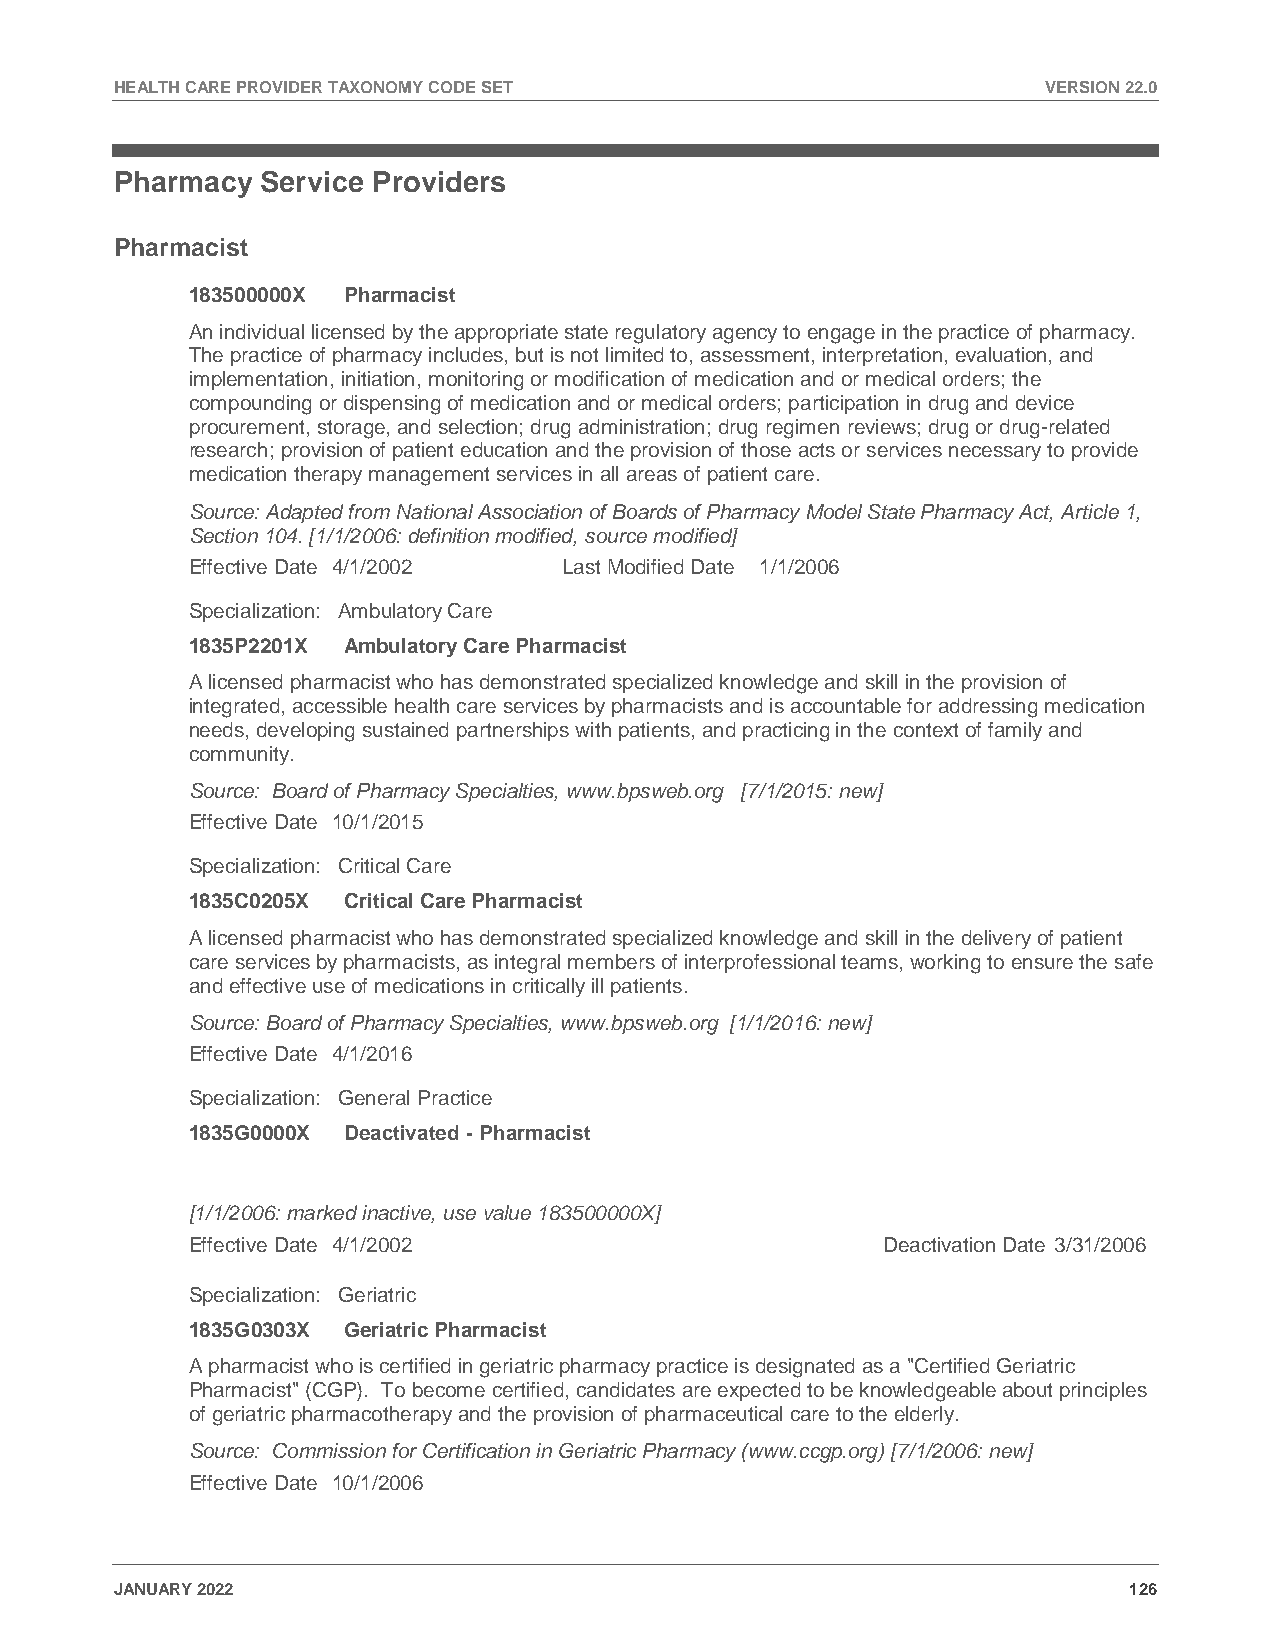
HEALTH CARE PROVIDER TAXONOMY CODE SET                       VERSION 22.0
 Pharmacy Service Providers
 Pharmacist
 183500000X Pharmacist
 An individual licensed by the appropriate state regulatory agency to engage in the practice of pharmacy.
 The practice of pharmacy includes, but is not limited to, assessment, interpretation, evaluation, and
 implementation, initiation, monitoring or modification of medication and or medical orders; the
 compounding or dispensing of medication and or medical orders; participation in drug and device
 procurement, storage, and selection; drug administration; drug regimen reviews; drug or drug-related
 research; provision of patient education and the provision of those acts or services necessary to provide
 medication therapy management services in all areas of patient care.
 Source: Adapted from National Association of Boards of Pharmacy Model State Pharmacy Act, Article 1,
 Section 104. [1/1/2006: definition modified, source modified]
 Effective Date 4/1/2002  Last Modified Date 1/1/2006
 Specialization: Ambulatory Care
 1835P2201X Ambulatory Care Pharmacist
 A licensed pharmacist who has demonstrated specialized knowledge and skill in the provision of
 integrated, accessible health care services by pharmacists and is accountable for addressing medication
 needs, developing sustained partnerships with patients, and practicing in the context of family and
 community.
 Source: Board of Pharmacy Specialties, www.bpsweb.org [7/1/2015: new]
 Effective Date 10/1/2015
 Specialization: Critical Care
 1835C0205X Critical Care Pharmacist
 A licensed pharmacist who has demonstrated specialized knowledge and skill in the delivery of patient
 care services by pharmacists, as integral members of interprofessional teams, working to ensure the safe
 and effective use of medications in critically ill patients.
 Source: Board of Pharmacy Specialties, www.bpsweb.org [1/1/2016: new]
 Effective Date 4/1/2016
 Specialization: General Practice
 1835G0000X Deactivated - Pharmacist
 [1/1/2006: marked inactive, use value 183500000X]
 Effective Date 4/1/2002                       Deactivation Date 3/31/2006
 Specialization: Geriatric
 1835G0303X Geriatric Pharmacist
 A pharmacist who is certified in geriatric pharmacy practice is designated as a "Certified Geriatric
 Pharmacist" (CGP). To become certified, candidates are expected to be knowledgeable about principles
 of geriatric pharmacotherapy and the provision of pharmaceutical care to the elderly.
 Source: Commission for Certification in Geriatric Pharmacy (www.ccgp.org) [7/1/2006: new]
 Effective Date 10/1/2006
 JANUARY 2022                                                       126